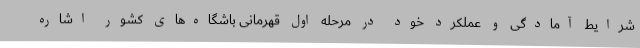
شرایط آمادگی و عملکرد خود در مرحله اول قهرمانی باشگاه‌های کشور اشاره